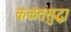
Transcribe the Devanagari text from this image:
कळतसुद्धा